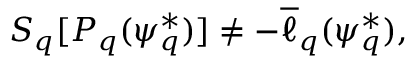
S _ { q } [ P _ { q } ( { \psi _ { q } ^ { * } } ) ] \ne - \overline { { \ell } } _ { q } ( \psi _ { q } ^ { * } ) ,